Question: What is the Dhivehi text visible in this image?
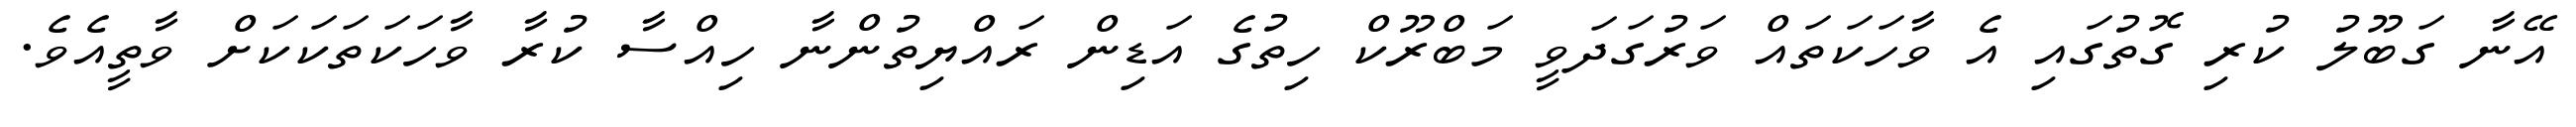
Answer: އޭނާ ގަބޫލު ކުރި ގޮތުގައި އެ ވާހަކަތައް ވަރުގަދަވީ މަބްރޫކް ހިތުގެ އަޑިން ރައްޔިތުންނާ ހިއްސާ ކުރާ ވާހަކަތަކަކަށް ވާތީއެވެ.